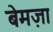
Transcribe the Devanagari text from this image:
बेमज़ा